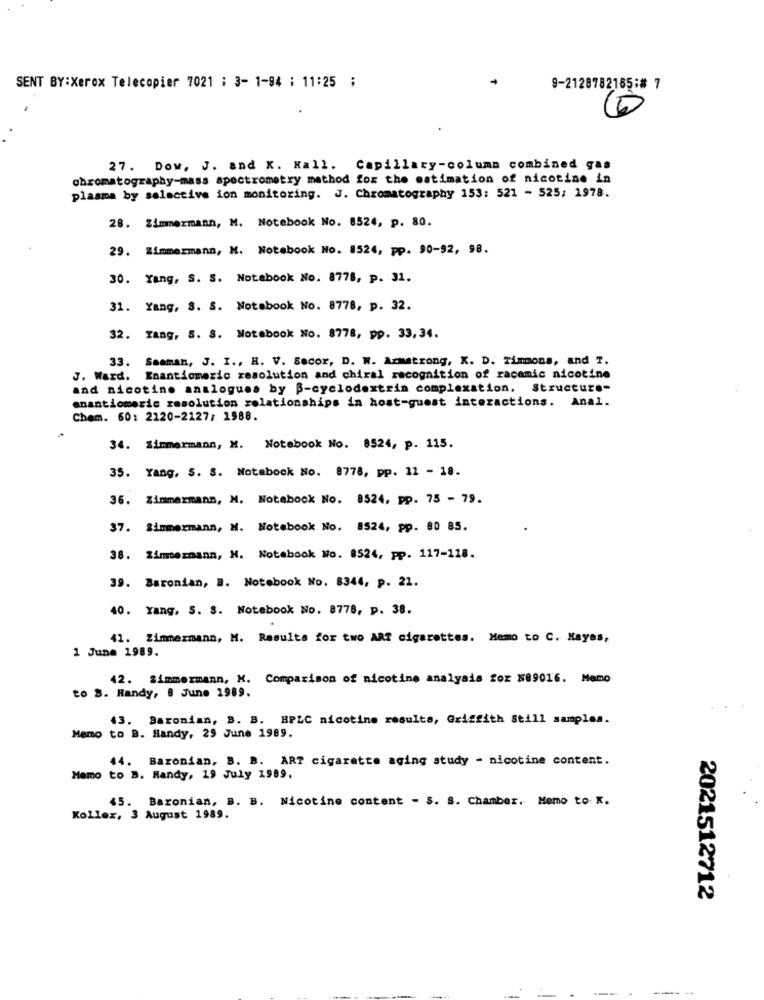
SENT BY:Xerox Telecopier 7021 : 3- 1-94 : 11:25 ;
9-2128782165:# 7
27. Dow, J. and X. Kall. Capillary-column combined gas
chromatography-mass spectrometry method for the estimation of nicotine in
plasma by selective ion monitoring. J. Chromatography 153: 521 - 525; 1978.
28. Zimmermann, M. Notebook No. 8524, p. 80.
29. Zimmermann, M. Notebook No. 8524, pp. 90-92, 98.
30. Yang, S. S. Notebook No. 8778, p. 31.
31. Yang, S. S. Notebook No. 8778, p. 32.
32. Tang, S. 8. Notebook No. 8778, pp. 33,34.
33. Seaman, J. I ., R. V. Secor, D. N. Armstrong, K. D. Timmons, and T.
J. Ward. Enantiomeric resolution and chiral recognition of racamic nicotine
and nicotine analogues by B-cyclodextrin complexation. Structure-
enantiomeric resolution relationships in host-guest interactions. Anal.
Chem. 60: 2120-2127/ 1988.
34. Zimmermann, M. Notebook No. 8524, p. 115.
35. Yang, S. S. Notebook No. 8778, pp. 11 - 18.
36. Zimmermann, M. Notebook No. 8524, pp. 75 - 79.
37. Zimmermann, M. Notebook No. 8524, pp. 80 85.
38. Zimmermann, H. Notebook No. 8524, pp. 117-118.
39. Baronian, B. Notebook No. 8344, p. 21.
40. Yang. S. S. Notebook No. 8778, p. 38.
41. Zimmermann, M. Resulta for two ART cigarettes. Memo to C. Hayes,
1 June 1989.
42. Zimmermann, M. Comparison of nicotine analysis for N89016. Memo
to 8. Handy, 8 June 1989.
43. Baronian, B. B. HPLC nicotine resulta, Griffith Still samples.
Mamo to B. Handy, 29 June 1989.
44. Bazonian, B. B. ART cigarette aging study - nicotine content.
Memo to B. Handy, 19 July 1989.
45. Baronian, B. B. Nicotine content - S. S. Chamber. Memo to. K.
Koller, 3 August 1989.
2021512712